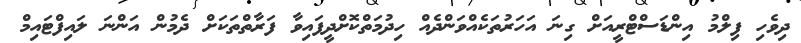
ދިވެހި ފިލްމު އިންޑަސްޓްރީއަށް ގިނަ އަހަރުތަކެއްވަންދެއް ހިދުމަތްކޮށްދީފައިވާ ފަރާތްތަކަށް ދެމުން އަންނަ ލައިފްޓައިމް